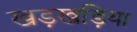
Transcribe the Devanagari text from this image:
खड़खड़िया